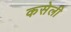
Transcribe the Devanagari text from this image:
कसेली